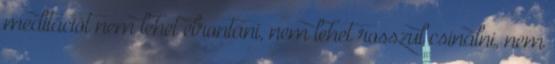
meditációt nem lehet elrontani, nem lehet rosszul csinálni, nem